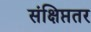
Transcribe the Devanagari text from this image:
संक्षिप्ततर